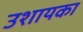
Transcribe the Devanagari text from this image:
उशायका